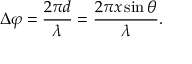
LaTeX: \Delta \varphi = { \frac { 2 \pi d } { \lambda } } = { \frac { 2 \pi x \sin \theta } { \lambda } } .